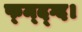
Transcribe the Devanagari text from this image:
फ्म्द्ग्द।